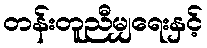
တန်းတူညီမျှရေးနှင့်